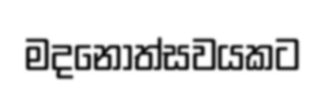
මදනොත්සවයකට